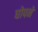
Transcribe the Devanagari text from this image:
घोपने